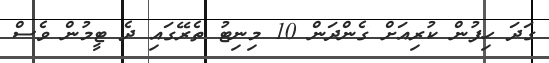
ގަދަ ހިފުން ކުރިއަށް ގެންދަން 10 މިނިޓު ތެރޭގައި ދެ ޓީމުން ވެސް